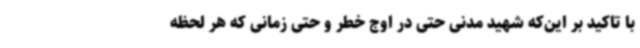
با تاکید بر این‌که شهید مدنی حتی در اوج خطر و حتی زمانی که هر لحظه